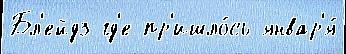
Бл'ейдз гд'е пр'ишло́сь январ'я́